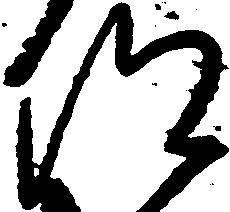
仰